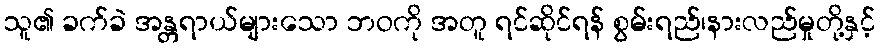
သူ၏ ခက်ခဲ အန္တရာယ်များသော ဘဝကို အတူ ရင်ဆိုင်ရန် စွမ်းရည်၊နားလည်မှုတို့နှင့်